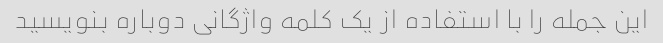
این جمله را با استفاده از یک کلمه واژگانی دوباره بنویسید